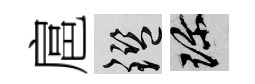
扈鑒珍